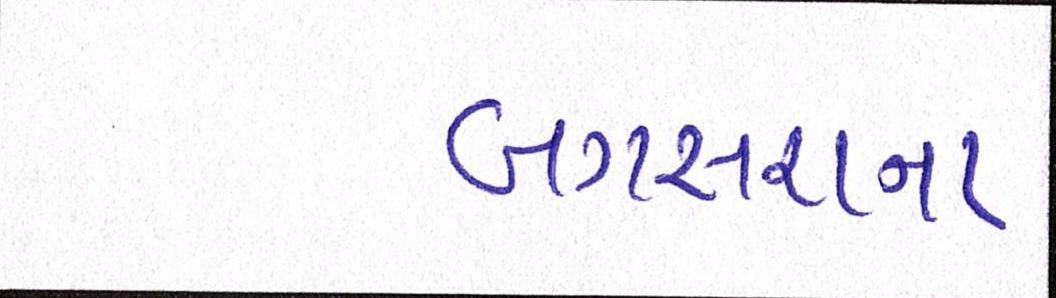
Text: બગસરાના